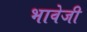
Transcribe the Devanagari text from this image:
भावेजी